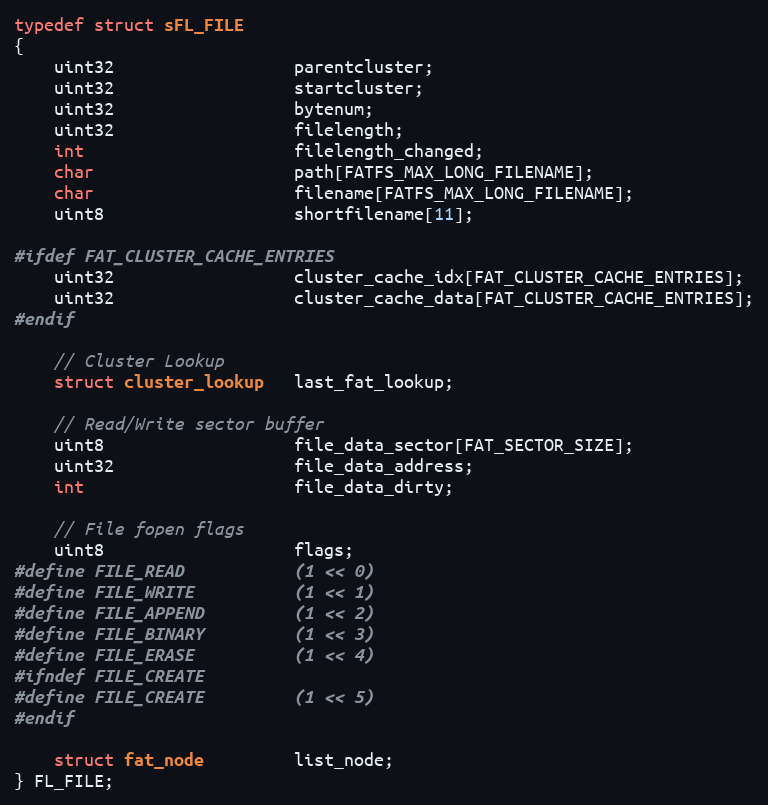
Language: C
typedef struct sFL_FILE
{
    uint32                  parentcluster;
    uint32                  startcluster;
    uint32                  bytenum;
    uint32                  filelength;
    int                     filelength_changed;
    char                    path[FATFS_MAX_LONG_FILENAME];
    char                    filename[FATFS_MAX_LONG_FILENAME];
    uint8                   shortfilename[11];

#ifdef FAT_CLUSTER_CACHE_ENTRIES
    uint32                  cluster_cache_idx[FAT_CLUSTER_CACHE_ENTRIES];
    uint32                  cluster_cache_data[FAT_CLUSTER_CACHE_ENTRIES];
#endif

    // Cluster Lookup
    struct cluster_lookup   last_fat_lookup;

    // Read/Write sector buffer
    uint8                   file_data_sector[FAT_SECTOR_SIZE];
    uint32                  file_data_address;
    int                     file_data_dirty;

    // File fopen flags
    uint8                   flags;
#define FILE_READ           (1 << 0)
#define FILE_WRITE          (1 << 1)
#define FILE_APPEND         (1 << 2)
#define FILE_BINARY         (1 << 3)
#define FILE_ERASE          (1 << 4)
#ifndef FILE_CREATE
#define FILE_CREATE         (1 << 5)
#endif

    struct fat_node         list_node;
} FL_FILE;